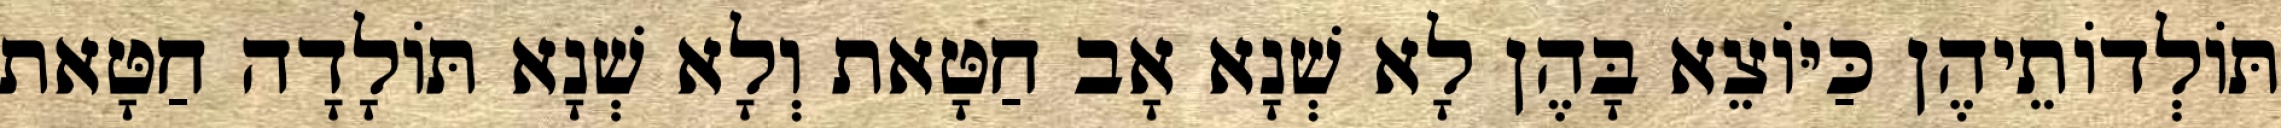
תּוֹלְדוֹתֵיהֶן כַּיּוֹצֵא בָּהֶן לָא שְׁנָא אָב חַטָּאת וְלָא שְׁנָא תּוֹלָדָה חַטָּאת